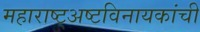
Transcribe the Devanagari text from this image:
महाराष्ट्अष्टविनायकांची